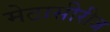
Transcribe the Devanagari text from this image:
मेटासीरीज